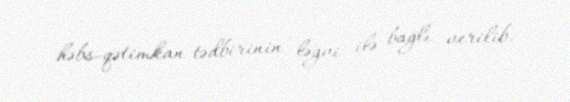
həbs-qətimkan tədbirinin ləğvi ilə bağlı verilib.